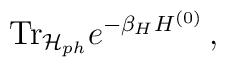
{\rm Tr}_{{\cal H}_{ph}} e^{-\beta_HH^{(0)}}\,,